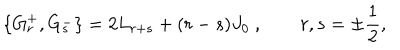
LaTeX: \{ G _ { r } ^ { + } , G _ { s } ^ { - } \} = 2 L _ { r + s } + ( r - s ) J _ { 0 } ~ , \qquad r , s = \pm \frac 1 2 ,